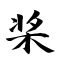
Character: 桨